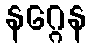
နဂ္ဂေန